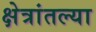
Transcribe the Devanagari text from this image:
क्षेत्रांतल्या